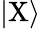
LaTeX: |\mathrm{X}\rangle